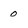
Character: 0